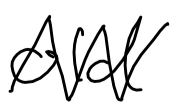
Text: old
Cross-out: zig-zag
Writing tool: digital_black